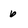
Character: 6